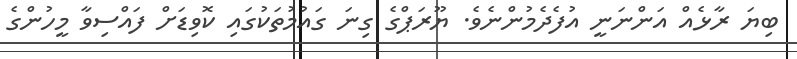
ބިޔަ ރާޅެއް އަންނަނީ އުފެދެމުންނެވެ. ޔޫރަޕްގެ ގިނަ ގައުމުތަކުގައި ކޮވިޑަށް ފައްސިވާ މީހުންގެ